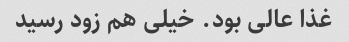
غذا عالی بود. خیلی هم زود رسید